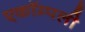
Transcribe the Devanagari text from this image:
एकॉम्पली